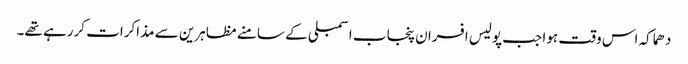
دھماکہ اس وقت ہوا جب پولیس افسران پنجاب اسمبلی کے سامنے مظاہرین سے مذاکرات کررہے تھے۔